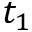
t _ { 1 }